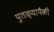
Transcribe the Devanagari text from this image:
पुतळ्यापैकी